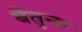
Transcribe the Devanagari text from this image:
बैतुना